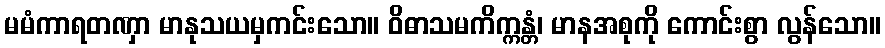
မမံကာရတဏှာ မာနုသယမှကင်းသော။ ဝိဓာသမကိက္ကန္တံ၊ မာနအစုကို ကောင်းစွာ လွန်သော။